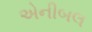
એનીબલ